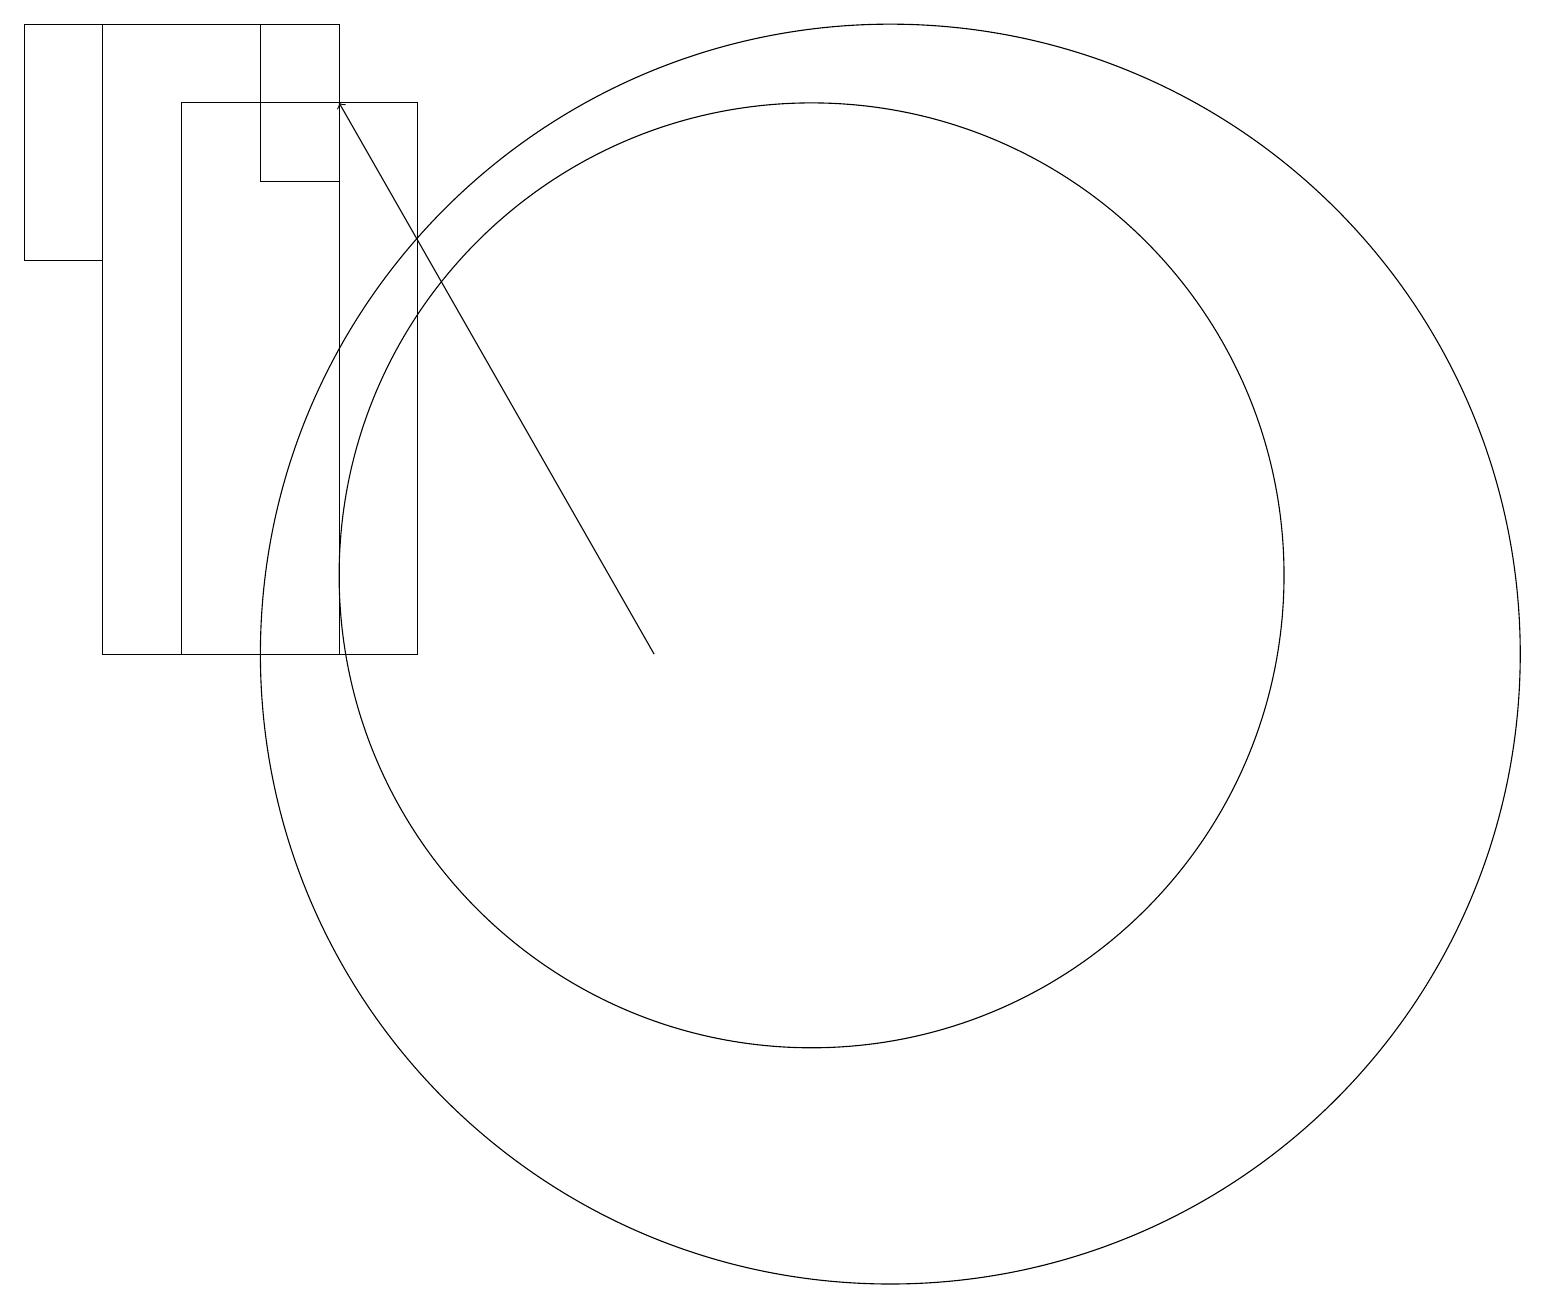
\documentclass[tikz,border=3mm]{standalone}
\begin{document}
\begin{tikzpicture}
\draw (10,12) circle (6);
\draw (5,18) rectangle (2,11);
\draw (0,19) rectangle (1,16);
\draw (11,11) circle (8);
\draw (4,19) rectangle (3,17);
\draw[->] (8,11) -- (4,18);
\draw (1,19) rectangle (4,11);
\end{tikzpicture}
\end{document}